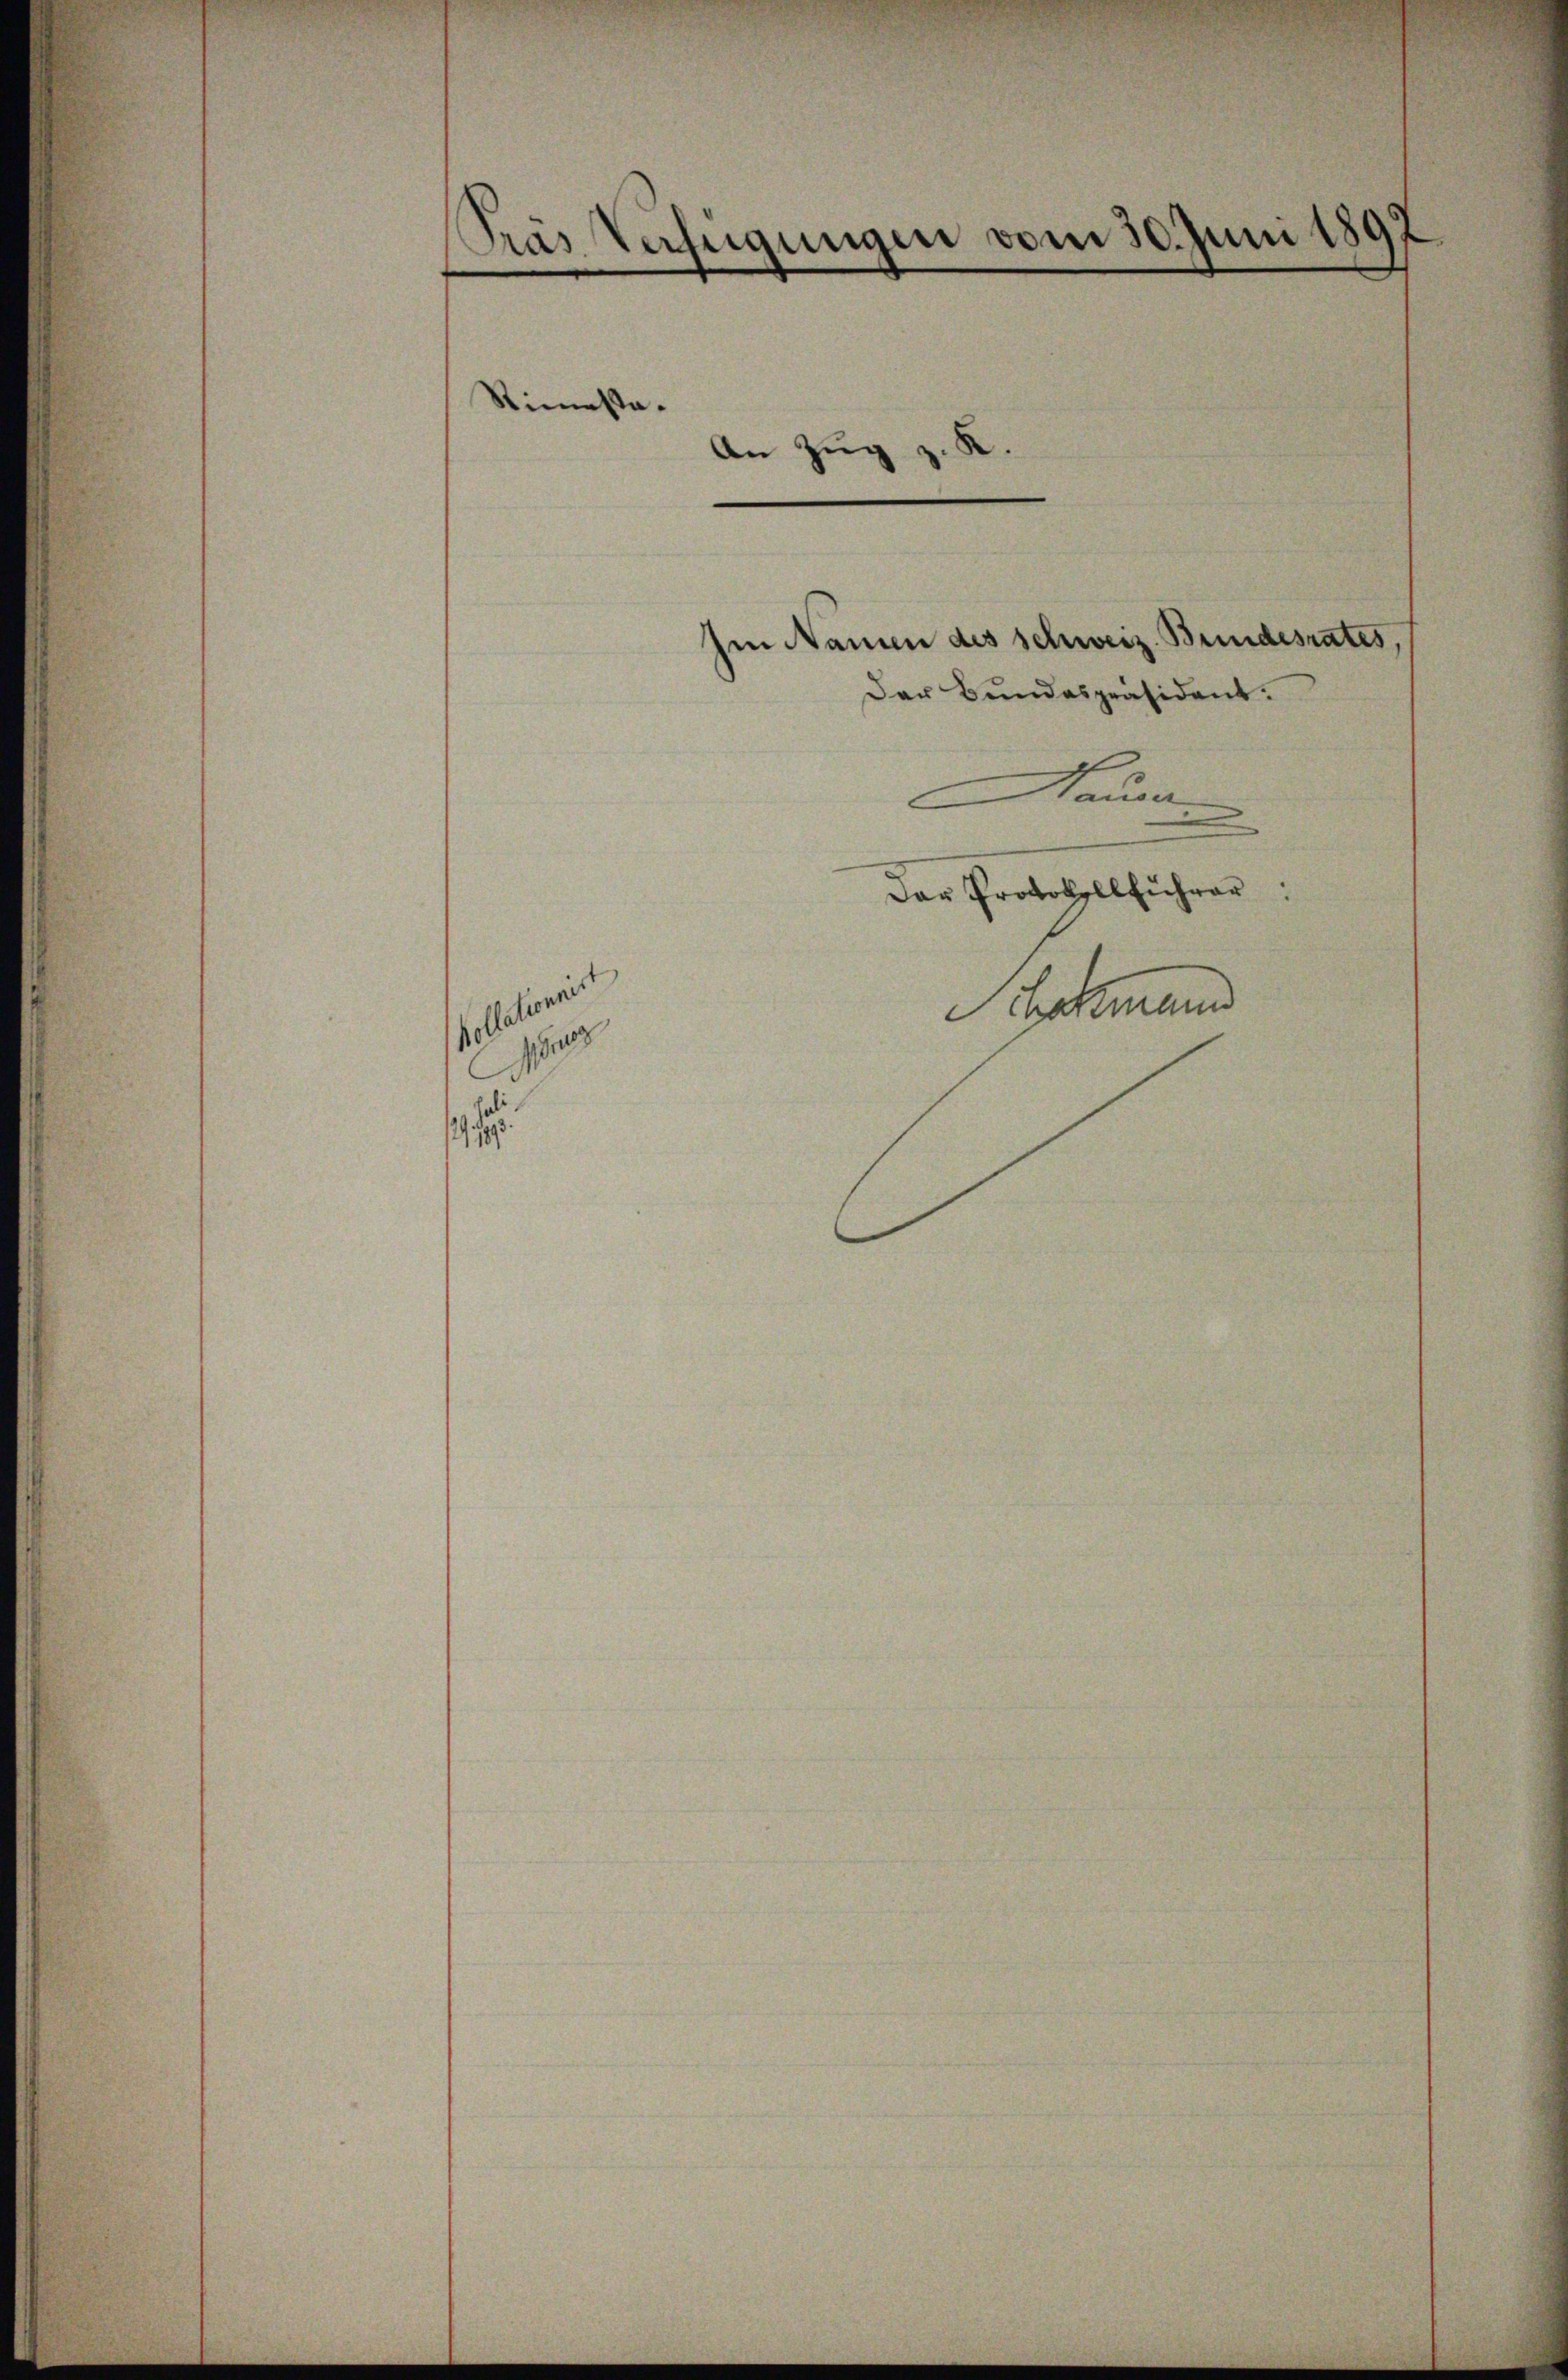
Pras Verfügungen vom 30. Juni 1897

¬

Stimesta-
An Zug z. B

s. Altera
Munz

Im Namen des schweiz. Bundesrates,
Der Bundespräsident.
tauen
n
Das Protokollführer
Ermund